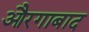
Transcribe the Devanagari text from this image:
औरगाबाद